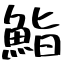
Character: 鮨